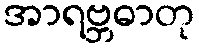
အာရဗ္ဘဓာတု